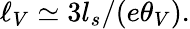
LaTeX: \ell_{V}\simeq{3l_{s}}/({e\theta_{V}}).